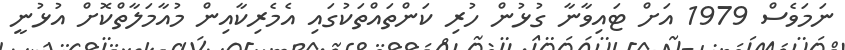
ނަމަވެސް 1979 އަށް ޓައިވާނާ ގުޅުން ހުރި ކަންތައްތަކުގައި އެމެރިކާއިން މުއާމަލާތްކޮށް އުޅުނީ